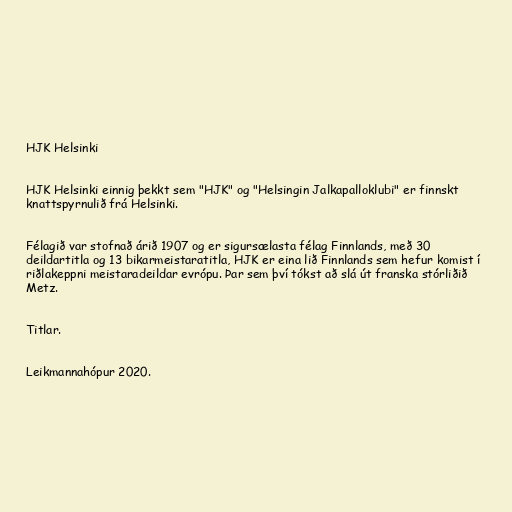
HJK Helsinki

HJK Helsinki einnig þekkt sem "HJK" og "Helsingin Jalkapalloklubi" er finnskt
knattspyrnulið frá Helsinki.

Félagið var stofnað árið 1907 og er sigursælasta félag Finnlands, með 30
deildartitla og 13 bikarmeistaratitla, HJK er eina lið Finnlands sem hefur komist í
riðlakeppni meistaradeildar evrópu. Þar sem því tókst að slá út franska stórliðið
Metz.

Titlar.

Leikmannahópur 2020.